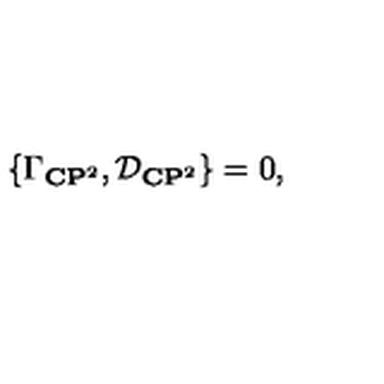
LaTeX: \{ { \Gamma } _ { { \bf C } { \bf P } ^ { 2 } } , { \cal D } _ { { \bf C } { \bf P } ^ { 2 } } \} = 0 ,